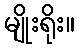
မျိုးရိုး။